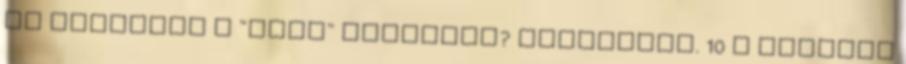
és kattints a "Next" következ? feliratra. 10 A program